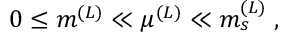
0 \leq m ^ { ( L ) } \ll \mu ^ { ( L ) } \ll m _ { s } ^ { ( L ) } \; ,